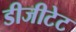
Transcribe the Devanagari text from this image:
डीजीटेट